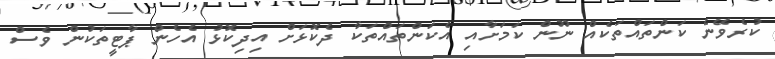
ކުރެވޭނެ ކަންތައްތަކެއް ނޫން ކަމަށާއި އެކަންތައްތަކާ ދެކޮޅަށް އިދިކޮޅު އެހެން ޕާޓީތަކުން ވެސް